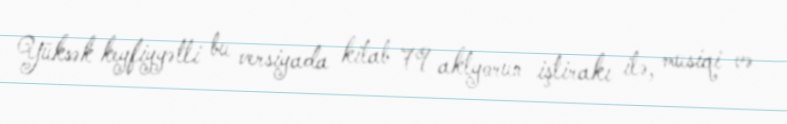
Yüksək keyfiyyətli bu versiyada kitab 79 aktyorun iştirakı ilə, musiqi və